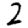
Digit: 2